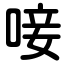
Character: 唼